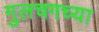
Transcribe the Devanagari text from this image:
गुलचगच्या